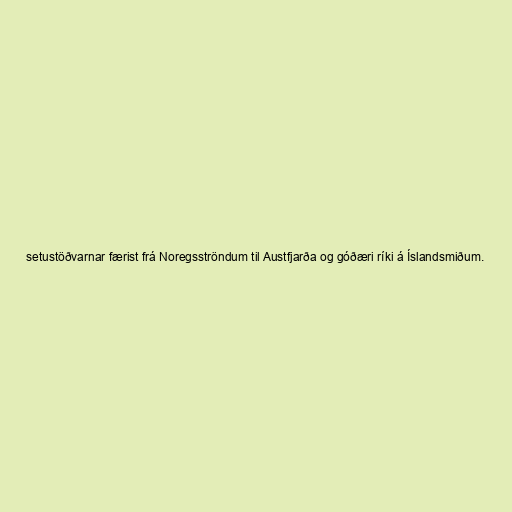
setustöðvarnar færist frá Noregsströndum til Austfjarða og góðæri ríki á Íslandsmiðum.